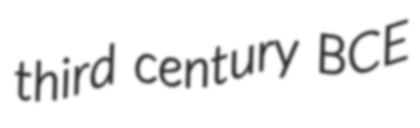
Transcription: third century BCE